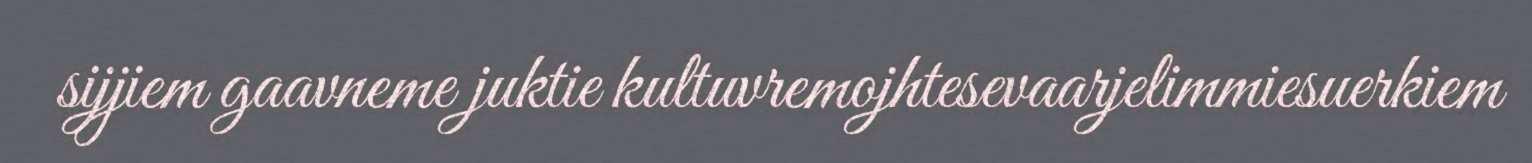
sijjiem gaavneme juktie kultuvremojhtesevaarjelimmiesuerkiem